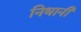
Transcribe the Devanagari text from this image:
निधानी